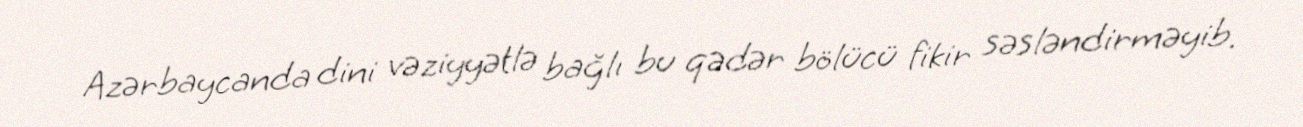
Azərbaycanda dini vəziyyətlə bağlı bu qədər bölücü fikir səsləndirməyib.